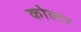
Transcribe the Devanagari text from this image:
कोल्टर